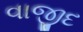
વાજીદ